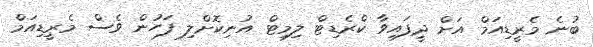
ބުނެ މެރީޑިއަމް އަށް ދީފައިވާ ކްރެޑިޓް ލިމިޓް އުނިކޮށްލި ފަހުން ވެސް މެރީޑިއަމް